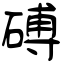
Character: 磗